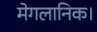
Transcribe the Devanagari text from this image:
मेगलानिक।